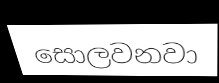
සොලවනවා